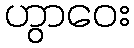
ဟွာဝေး